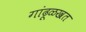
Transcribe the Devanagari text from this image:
गांढूळखत